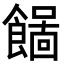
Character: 𩞓